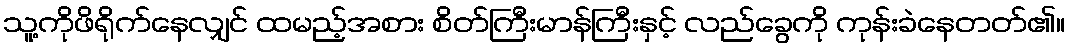
သူ့ကိုဖိရိုက်နေလျှင် ထမည့်အစား စိတ်ကြီးမာန်ကြီးနှင့် လည်ခွေကို ကုန်းခဲနေတတ်၏။